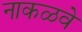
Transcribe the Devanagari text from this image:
नाकळवे